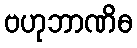
ဗဟုဘာဏိဓ